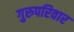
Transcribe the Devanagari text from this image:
गुरुपरिवार